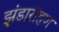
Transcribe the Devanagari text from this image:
झंडारोहण